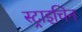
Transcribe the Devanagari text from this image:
स्ट्राइचिन